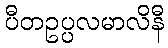
ပီတဥပ္ပလမာလိနီ